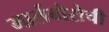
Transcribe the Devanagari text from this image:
मार्लबोरोची